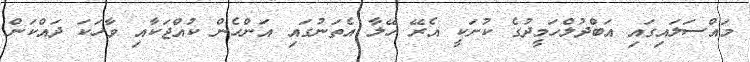
މައްސަލައިގައި އަބްދުލްހަމީދުގެ ކުށަކީ އެރޭ ހޭލާ އެތަނުގައި އަންހެން ކުއްޖަކާއި ވާހަކަ ދައްކަން